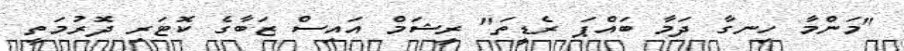
"މަންމާ ހިނގާ ދަމާ ބައްޕަ ރެޑީތަ" ރީޝަމް އައިސް ޒަބާގެ ކޮޓަރި ދޮރުމަތީ